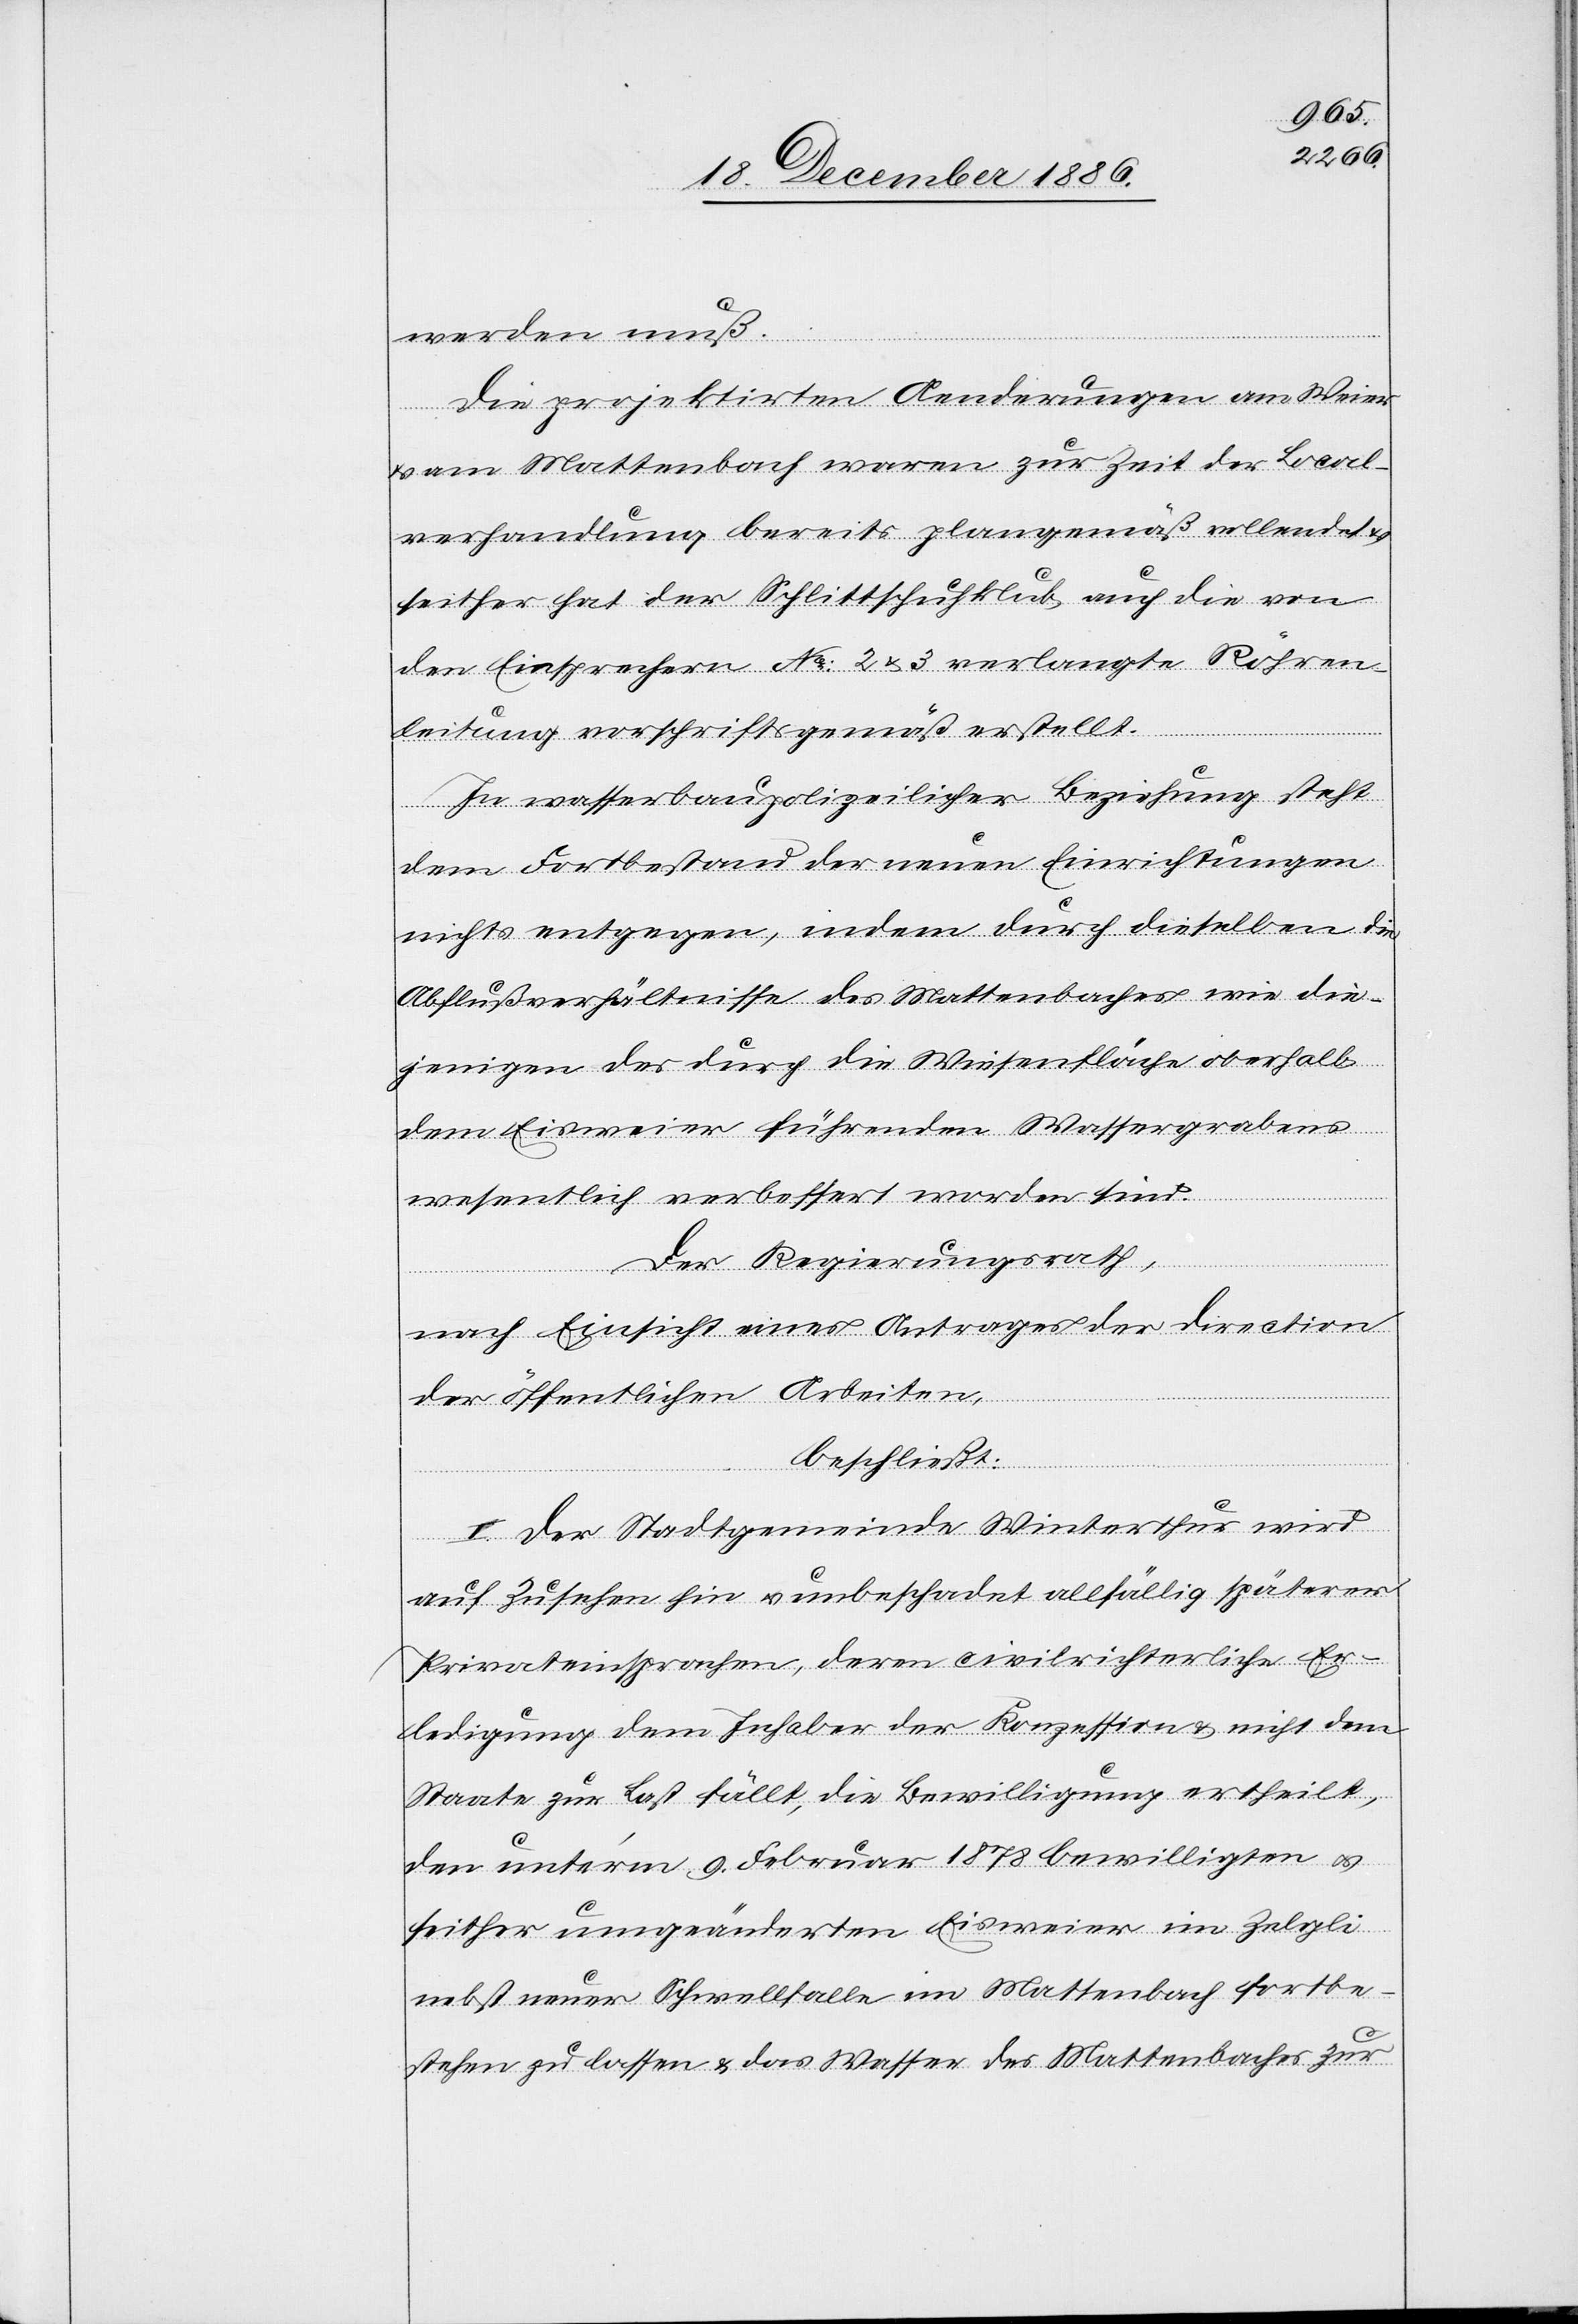
werden muß.
Die projektirten Aenderungen am Weier
am Mattenbach waren zur Zeit der Local¬
verhandlung bereits plangemäß vollendet &
seither hat der Schlittschuhklub auch die von
den Einsprechern No: 2 & 3 verlangte Röhren¬
leitung vorschriftsgemäß erstellt.
In wasserbaupolizeilicher Beziehung steht
dem Fortbestand der neuen Einrichtungen
nichts entgegen, indem durch dieselben die
Abflußverhältnisse des Mattenbaches wie die¬
jenigen des durch die Wiesenfläche oberhalb
dem Eisweier führenden Wassergrabens
wesentlich verbessert worden sind.
Der Regierungsrath,
nach Einsicht eines Antrages der Direction
der öffentlichen Arbeiten,
beschließt:
I. Der Stadtgemeinde Winterthur wird
auf Zusehen hin & unbeschadet allfällig späterer
Privateinsprachen, deren civilrichterliche Er¬
ledigung dem Inhaber der Konzession & nicht dem
Staate zur Last fällt, die Bewilligung ertheilt,
den unter’m 9. Februar 1878 bewilligten &
seither umgeänderten Eisweier im Zelgli
nebst neuer Schwellfalle im Mattenbach fortbe¬
stehen zu lassen & das Wasser des Mattenbaches zur